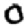
Digit: 0